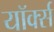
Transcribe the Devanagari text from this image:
यॉर्क्स